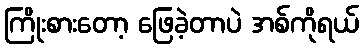
ကြိုးစားတော့ ဖြေခဲ့တာပဲ အစ်ကိုရယ်